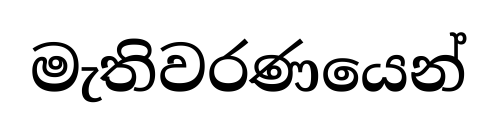
මැතිවරණයෙන්